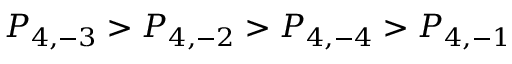
P _ { 4 , - 3 } > P _ { 4 , - 2 } > P _ { 4 , - 4 } > P _ { 4 , - 1 }